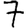
Digit: 7